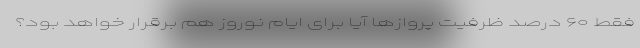
فقط ۶۰ درصد ظرفیت پروازها آیا برای ایام نوروز هم برقرار خواهد بود؟